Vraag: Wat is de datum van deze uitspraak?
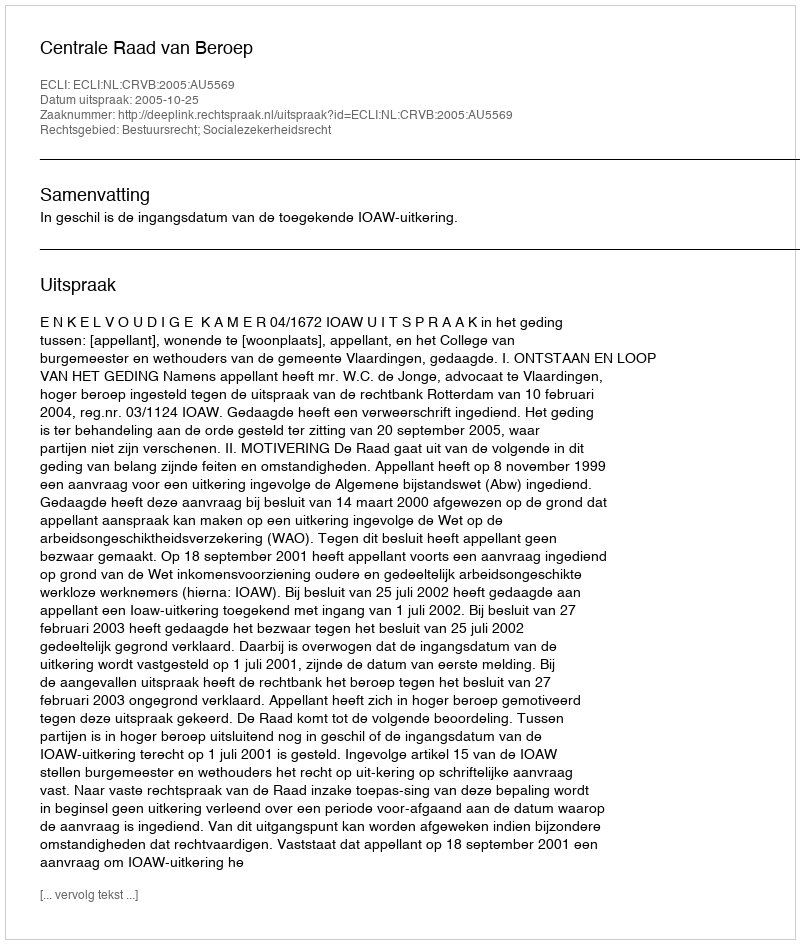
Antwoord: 2005-10-25